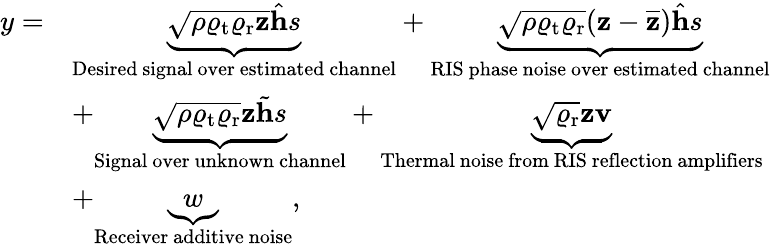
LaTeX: \begin{array}{rl}{y=}&{\underbrace{\sqrt{\rho\varrho_{\mathrm{t}}\varrho_{\mathrm{r}}}\overline{{\mathbf{z}}}\hat{\mathbf{h}}s}_{\mathrm{Desired~signal~over~estimated~channel}}+\underbrace{\sqrt{\rho\varrho_{\mathrm{t}}\varrho_{\mathrm{r}}}(\mathbf{z}-\overline{{\mathbf{z}}})\hat{\mathbf{h}}s}_{\mathrm{RIS~phase~noise~over~estimated~channel}}}\\ &{+\underbrace{\sqrt{\rho\varrho_{\mathrm{t}}\varrho_{\mathrm{r}}}\mathbf{z}\tilde{\mathbf{h}}s}_{\mathrm{Signal~over~unknown~channel}}+\underbrace{\sqrt{\varrho_{\mathrm{r}}}\mathbf{z}\mathbf{v}}_{\mathrm{Thermal~noise~from~RIS~reflection~amplifiers}}}\\ &{+\underbrace{w}_{\mathrm{Receiver~additive~noise}},}\end{array}